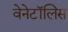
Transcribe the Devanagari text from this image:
वेनेटॉलिस